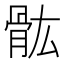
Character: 𲌌